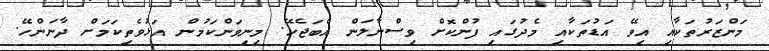
މަންޒަރުތަކާއި އިވޭ އަޑުތަކާއި މެދުގައި ފުންކޮށް ވިސްނާލަން އެބަޖެހޭ. މިނިވަންކަމުން އަޅުވެތިކަމަށް ދާނަންހޭ.